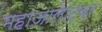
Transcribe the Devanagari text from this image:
महाजालाटवर